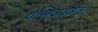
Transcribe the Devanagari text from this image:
येलिज़ावेता